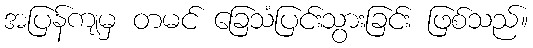
အပြန်ကျမှ တမင် ခြေသံပြင်းသွားခြင်း ဖြစ်သည်။